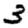
Digit: 3